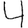
Digit: 4